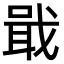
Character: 戢